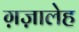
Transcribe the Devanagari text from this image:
ग़ज़ालेह